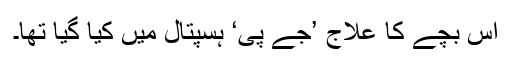
اس بچے کا علاج ’جے پی‘ ہسپتال میں کیا گیا تھا۔